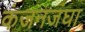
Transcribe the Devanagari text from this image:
कंजनजंघा